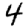
Digit: 4